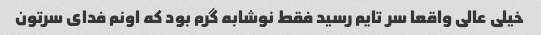
خیلی عالی واقعا سر تایم رسید فقط نوشابه گرم بود که اونم فدای سرتون